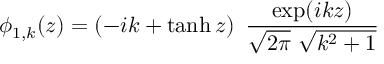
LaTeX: \phi _ { 1 , k } ( z ) = \left( - i k + \operatorname { t a n h } z \right) \ { \frac { \exp ( i k z ) } { \sqrt { 2 \pi } \ \sqrt { k ^ { 2 } + 1 } } }